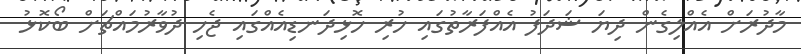
މާދުރަށް އެއްލިގެން ދިޔަ ޝަދަފު އެއްފަރާތުގައި ހުރި ހޮޅިދަނޑިއެއްގައި ޖެހި ދުވާރުމައްޗަށް ބޯކޮޅު